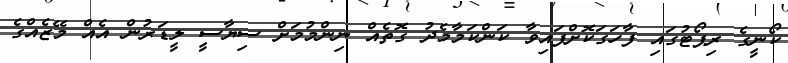
ކޯނީގެ ރިޕޯޓުގައި ފާހަގަކޮށްފައިވާ ކަންކަމާމެދު ގޮތެއް ނިންމުމަށް ސިޔާސީ ލީޑަރުން އެއް މޭޒެއްގެ